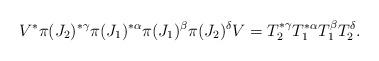
LaTeX: \begin{align*}V^*\pi(J_2)^{*\gamma}\pi(J_1)^{*\alpha}\pi(J_1)^\beta\pi(J_2)^\delta V= T_2^{*\gamma}T_1^{*\alpha}T_1^\beta T_2^\delta.\end{align*}